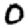
Digit: 0